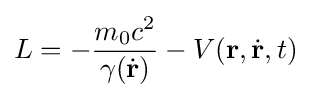
L=-{\frac {m_{0}c^{2}}{\gamma ({\dot {\mathbf {r} }})}}-V(\mathbf {r} ,{\dot {\mathbf {r} }},t)